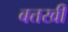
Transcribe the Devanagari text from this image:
बत्तखी